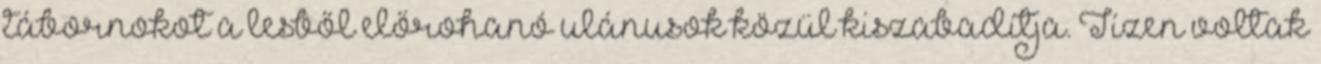
tábornokot a lesből előrohanó ulánusok közül kiszabadítja. Tízen voltak